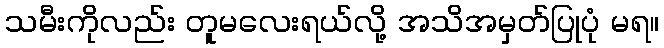
သမီးကိုလည်း တူမလေးရယ်လို့ အသိအမှတ်ပြုပုံ မရ။